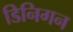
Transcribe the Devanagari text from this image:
डिनिगन